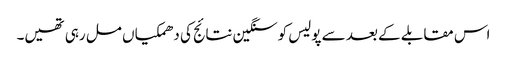
اس مقابلے کے بعد سے پولیس کوسنگین نتائج کی دھمکیاں مل رہی تھیں۔